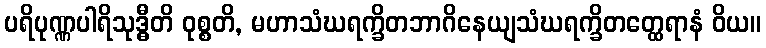
ပရိပုဏ္ဏပါရိသုဒ္ဓီတိ ဝုစ္စတိ, မဟာသံဃရက္ခိတဘာဂိနေယျသံဃရက္ခိတတ္ထေရာနံ ဝိယ။